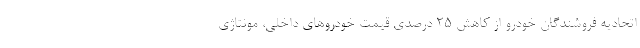
اتحادیه فروشندگان خودرو از کاهش 25 درصدی قیمت خودروهای داخلی، مونتاژی